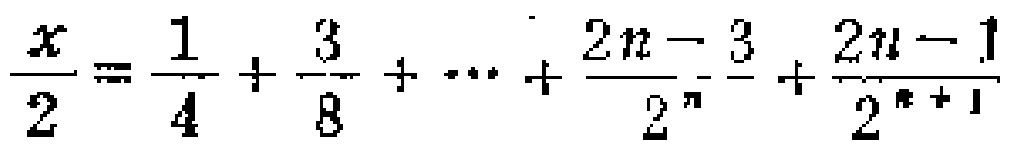
\frac{x}{2}=\frac{1}{4}+\frac{3}{8}+\cdots+\frac{2n - 3}{2^{n}}+\frac{2n - 1}{2^{n + 1}}